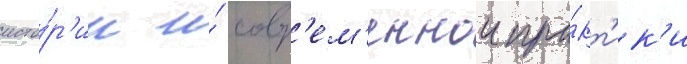
исто́р'ии и́ совр'ем'еннои пра́кт'ик'и